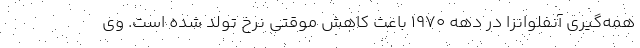
همه‌گیری آنفلوانزا در دهه 1970 باعث کاهش موقتی نرخ تولد شده است. وی